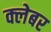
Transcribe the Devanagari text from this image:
क्लेबर